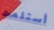
أستلمت